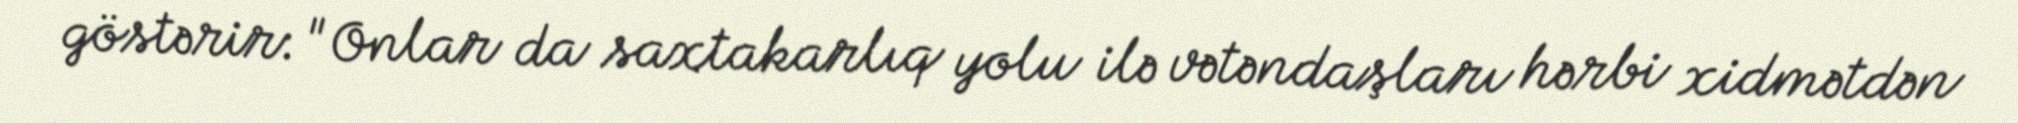
göstərir: "Onlar da saxtakarlıq yolu ilə vətəndaşları hərbi xidmətdən